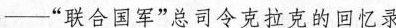
——”联合国军”总司令克拉克的回忆录